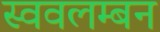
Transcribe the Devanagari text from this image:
स्ववलम्बन